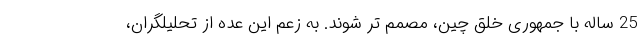
25 ساله با جمهوری خلق چین، مصمم تر شوند. به زعم این عده از تحلیلگران،